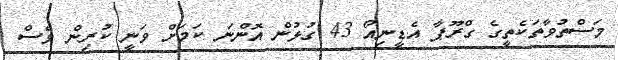
މަސްތުވާތަކެތީގެ ގްރޫޕާ އެޑީނިއޯ 43 ގުޅުން އޮންނަ ކަމަށް ވަނީ ކުރިން ވެސް